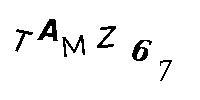
TAMZ67